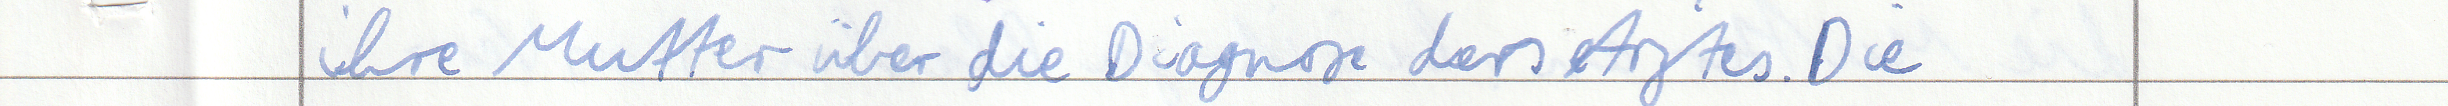
ihre Mutter über die Diagnose des Arztes. Die